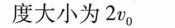
度大小为2v_{0}